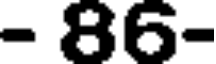
- 86-